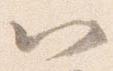
以